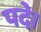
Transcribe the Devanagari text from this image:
पदे।